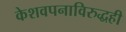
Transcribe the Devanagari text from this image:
केशवपनाविरुद्धही